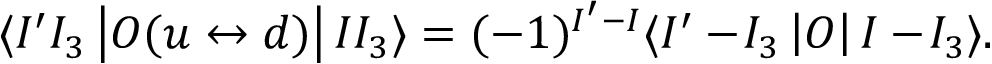
\langle I ^ { \prime } I _ { 3 } \left| { \cal O } ( u \leftrightarrow d ) \right| I I _ { 3 } \rangle = ( - 1 ) ^ { I ^ { \prime } - I } \langle I ^ { \prime } - \! I _ { 3 } \left| { \cal O } \right| I - \! I _ { 3 } \rangle .